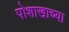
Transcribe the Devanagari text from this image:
पोशाखाच्या